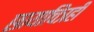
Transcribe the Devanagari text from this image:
छायाचित्रही